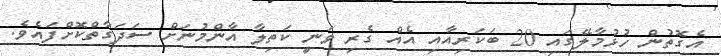
އެގޮތުން ހުޅުމާލޭގައި 20 ބަކަރިއާއި އެއް ގެރި ވަނީ ކަތިލާ އާންމުނަށް ސަދަގާތްކޮށްފައެވެ.